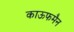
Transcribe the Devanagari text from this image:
काऊफमैन